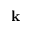
\mathbf k